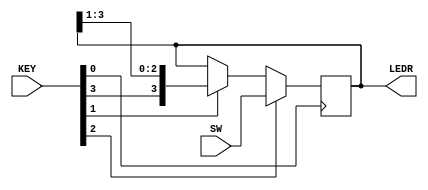
module top_module (
    input [3:0] SW,
    input [3:0] KEY,
    output [3:0] LEDR
); //

    wire [3:0] r  ;
    wire       clk;
    wire       e  ;
    wire       l  ;
    wire       w  ;

    reg [3:0] next_ledr;

    assign r = SW;
    assign {w, l, e, clk} = KEY;

    assign next_ledr = l ? r : (e ? {w,LEDR[3:1]} : LEDR);

    always @(posedge clk)
        LEDR <= next_ledr;

endmodule